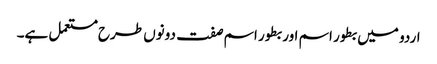
اردو میں بطور اسم اور بطور اسم صفت دونوں طرح مستعمل ہے۔